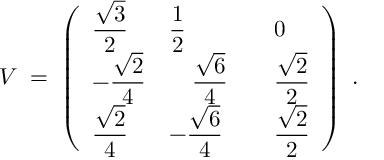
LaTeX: V \; = \; \left( \begin{array} { l l l } { { \displaystyle \frac { \sqrt { 3 } } { 2 } } } & { { \displaystyle \frac { 1 } { 2 } } } & { { 0 } } \\ { { - \displaystyle \frac { \sqrt { 2 } } { 4 } } } & { { ~ ~ ~ \displaystyle \frac { \sqrt { 6 } } { 4 } ~ ~ ~ } } & { { \displaystyle \frac { \sqrt { 2 } } { 2 } } } \\ { { \displaystyle \frac { \sqrt { 2 } } { 4 } } } & { { - \displaystyle \frac { \sqrt { 6 } } { 4 } } } & { { \displaystyle \frac { \sqrt { 2 } } { 2 } } } \end{array} \right) \; .